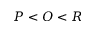
P < O < R